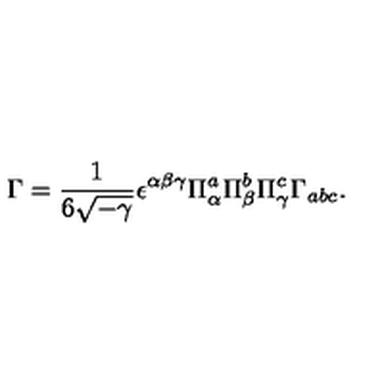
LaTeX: \Gamma = \frac { 1 } { 6 \sqrt { - \gamma } } \epsilon ^ { \alpha \beta \gamma } \Pi _ { \alpha } ^ { a } \Pi _ { \beta } ^ { b } \Pi _ { \gamma } ^ { c } \Gamma _ { a b c } .